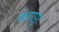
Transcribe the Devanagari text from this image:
मंधारपुर